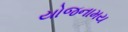
યોજનામય